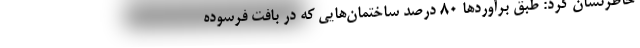
خاطرنشان کرد: طبق برآوردها ۸۰ درصد ساختمان‌هایی که در بافت فرسوده